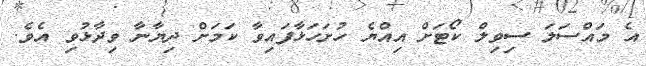
އެ މައްސަލަ ސިވިލް ކޯޓަށް އިއްޔެ ހުށަހަޅާފައިވާ ކަމަށް ދިޔާނާ ވިދާޅުވި އެވެ.